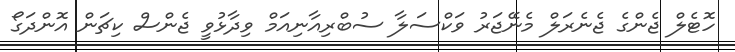
ހޮޓެލް ޖެންގެ ޖެނެރަލް މެނޭޖަރު ވަކްސަލާ ސުބްރިއާނިއަމް ވިދާޅުވީ ޖެންސް ކިޗަން އޮންދަގޯ